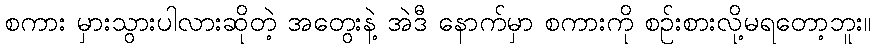
စကား မှားသွားပါလားဆိုတဲ့ အတွေးနဲ့ အဲဒီ နောက်မှာ စကားကို စဉ်းစားလို့မရတော့ဘူး။